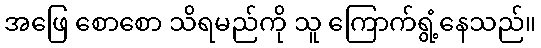
အဖြေ စောစော သိရမည်ကို သူ ကြောက်ရွံ့နေသည်။